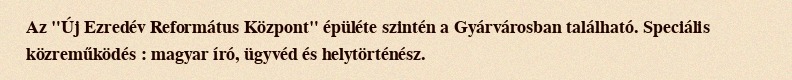
Az "Új Ezredév Református Központ" épüléte szintén a Gyárvárosban található. Speciális közreműködés : magyar író, ügyvéd és helytörténész.